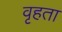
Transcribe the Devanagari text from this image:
वृहता